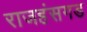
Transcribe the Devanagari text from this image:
राजहंसगड